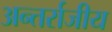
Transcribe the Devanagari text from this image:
अन्तर्राजीय